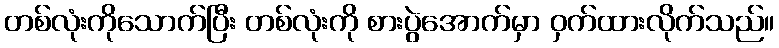
တစ်လုံးကိုသောက်ပြီး တစ်လုံးကို စားပွဲအောက်မှာ ဝှက်ထားလိုက်သည်။